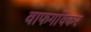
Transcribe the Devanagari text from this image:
वाफगांवकर